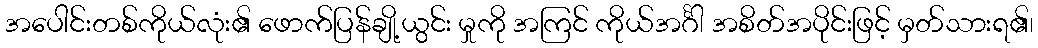
အပေါင်းတစ်ကိုယ်လုံး၏ ဖောက်ပြန်ချို့ယွင်း မှုကို အကြင် ကိုယ်အင်္ဂါ အစိတ်အပိုင်းဖြင့် မှတ်သားရ၏၊